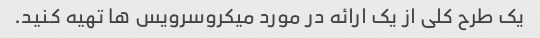
یک طرح کلی از یک ارائه در مورد میکروسرویس ها تهیه کنید.